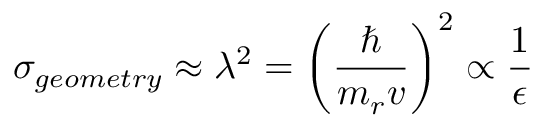
\sigma _ { g e o m e t r y } \approx \lambda ^ { 2 } = { \bigg ( } { \frac { \hbar } { m _ { r } v } } { \bigg ) } ^ { 2 } \propto { \frac { 1 } { \epsilon } }